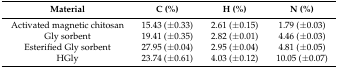
| Material | C (%) | H (%) | N (%) |
 | --- | --- | --- | --- |
 | Activated magnetic chitosan | 15.43 (±0.33) | 2.61 (±0.15) | 1.79 (±0.03) |
 | Gly sorbent | 19.41 (±0.35) | 2.82 (±0.01) | 4.46 (±0.03) |
 | Esterified Gly sorbent | 27.95 (±0.04) | 2.95 (±0.04) | 4.81 (±0.05) |
 | HGly | 23.74 (±0.61) | 4.03 (±0.12) | 10.05 (±0.07) |